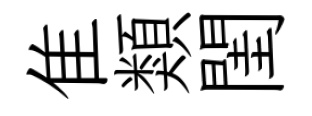
隹類閨